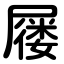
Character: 屦